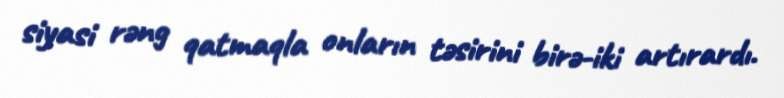
siyasi rəng qatmaqla onların təsirini birə-iki artırardı.